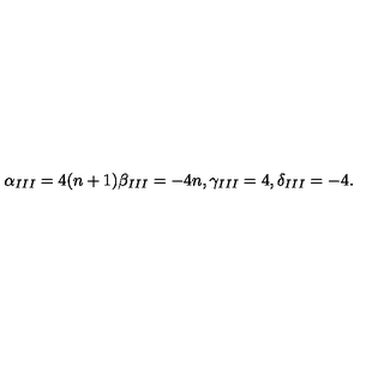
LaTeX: \alpha _ { I I I } = 4 ( n + 1 ) \beta _ { I I I } = - 4 n , \gamma _ { I I I } = 4 , \delta _ { I I I } = - 4 .